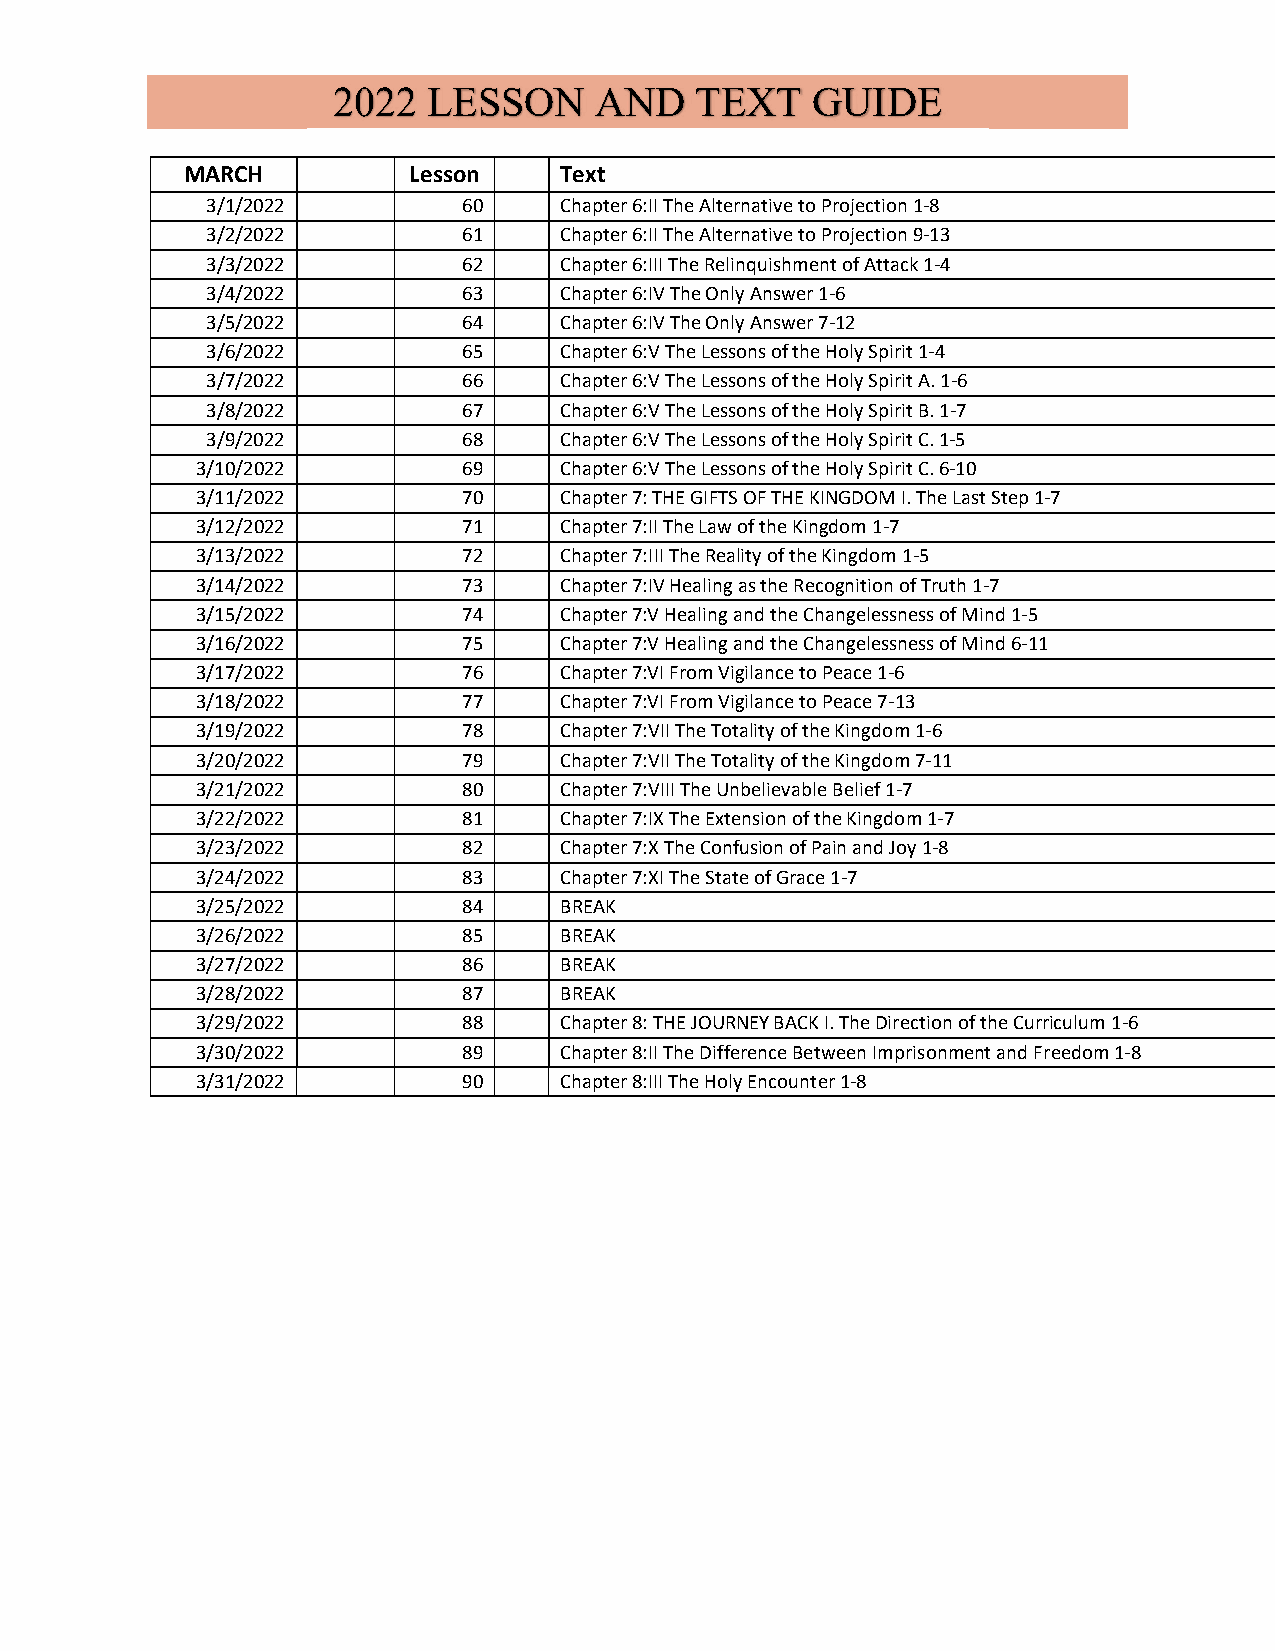
2022  LESSON     AND    TEXT    GUIDE
 MARCH          Lesson    Text
 3/1/2022         60    Chapter 6:II The Alternative to Projection 1-8
 3/2/2022         61    Chapter 6:II The Alternative to Projection 9-13
 3/3/2022         62    Chapter 6:III The Relinquishment of Attack 1-4
 3/4/2022         63    Chapter 6:IV The Only Answer 1-6
 3/5/2022         64    Chapter 6:IV The Only Answer 7-12
 3/6/2022         65    Chapter 6:V The Lessons of the Holy Spirit 1-4
 3/7/2022         66    Chapter 6:V The Lessons of the Holy Spirit A. 1-6
 3/8/2022         67    Chapter 6:V The Lessons of the Holy Spirit B. 1-7
 3/9/2022         68    Chapter 6:V The Lessons of the Holy Spirit C. 1-5
 3/10/2022         69    Chapter 6:V The Lessons of the Holy Spirit C. 6-10
 3/11/2022         70    Chapter 7: THE GIFTS OF THE KINGDOM I. The Last Step 1-7
 3/12/2022         71    Chapter 7:II The Law of the Kingdom 1-7
 3/13/2022         72    Chapter 7:III The Reality of the Kingdom 1-5
 3/14/2022         73    Chapter 7:IV Healing as the Recognition of Truth 1-7
 3/15/2022         74    Chapter 7:V Healing and the Changelessness of Mind 1-5
 3/16/2022         75    Chapter 7:V Healing and the Changelessness of Mind 6-11
 3/17/2022         76    Chapter 7:VI From Vigilance to Peace 1-6
 3/18/2022         77    Chapter 7:VI From Vigilance to Peace 7-13
 3/19/2022         78    Chapter 7:VII The Totality of the Kingdom 1-6
 3/20/2022         79    Chapter 7:VII The Totality of the Kingdom 7-11
 3/21/2022         80    Chapter 7:VIII The Unbelievable Belief 1-7
 3/22/2022         81    Chapter 7:IX The Extension of the Kingdom 1-7
 3/23/2022         82    Chapter 7:X The Confusion of Pain and Joy 1-8
 3/24/2022         83    Chapter 7:XI The State of Grace 1-7
 3/25/2022         84    BREAK
 3/26/2022         85    BREAK
 3/27/2022         86    BREAK
 3/28/2022         87    BREAK
 3/29/2022         88    Chapter 8: THE JOURNEY BACK I. The Direction of the Curriculum 1-6
 3/30/2022         89    Chapter 8:II The Difference Between Imprisonment and Freedom 1-8
 3/31/2022         90    Chapter 8:III The Holy Encounter 1-8